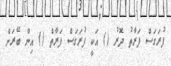
ފުރަގަސް ފަރާތު ދޮރު () އަކީ ފުރަގަސް ފަރާތް () އިން ބޭރަށް